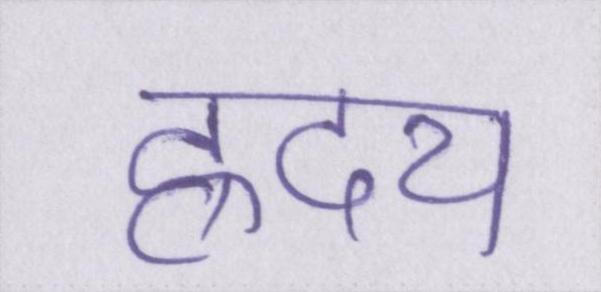
ह्रदय